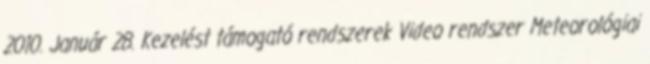
2010. Január 28. Kezelést támogató rendszerek Video rendszer Meteorológiai